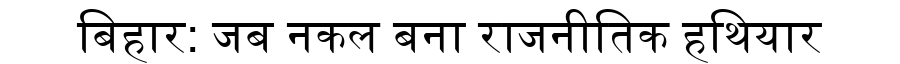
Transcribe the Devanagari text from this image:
बिहार: जब नकल बना राजनीतिक हथियार